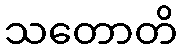
သတောတိ